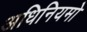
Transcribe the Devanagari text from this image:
अधिनियमो